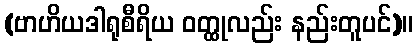
(ဗာဟိယဒါရုစီရိယ ဝတ္ထုလည်း နည်းတူပင်)။